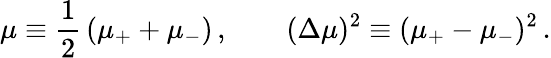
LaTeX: \mu\equiv\frac{1}{2}\, (\mu_{+}+\mu_{-})\, ,\qquad(\Delta\mu)^{2}\equiv(\mu_{+}-\mu_{-})^{2}\, .